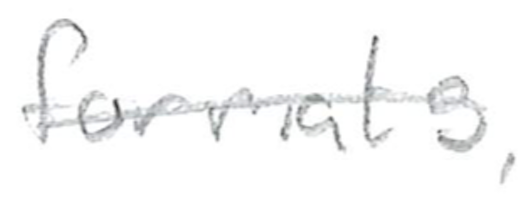
Text: formats,
Cross-out: single-line
Writing tool: pencil